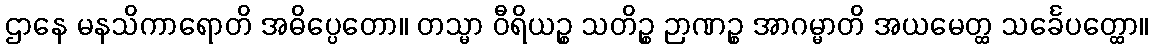
ဌာနေ မနသိကာရောတိ အဓိပ္ပေတော။ တသ္မာ ဝီရိယဉ္စ သတိဉ္စ ဉာဏဉ္စ အာဂမ္မာတိ အယမေတ္ထ သင်္ခေပတ္ထော။